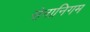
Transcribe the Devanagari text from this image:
सेनानिगम